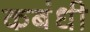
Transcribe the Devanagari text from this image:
कबंधी